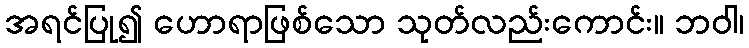
အရင်ပြု၍ ဟောရာဖြစ်သော သုတ်လည်းကောင်း။ ဘဝါ၊